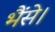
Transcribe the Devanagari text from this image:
भैंसे।